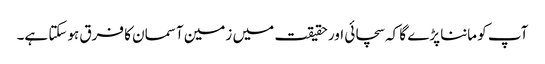
آپ کو ماننا پڑے گا کہ سچائی اور حقیقت میں زمین آسمان کا فرق ہوسکتا ہے۔